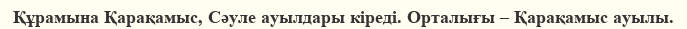
Құрамына Қарақамыс, Сәуле ауылдары кіреді. Орталығы – Қарақамыс ауылы.